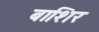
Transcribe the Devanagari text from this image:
बाशिर